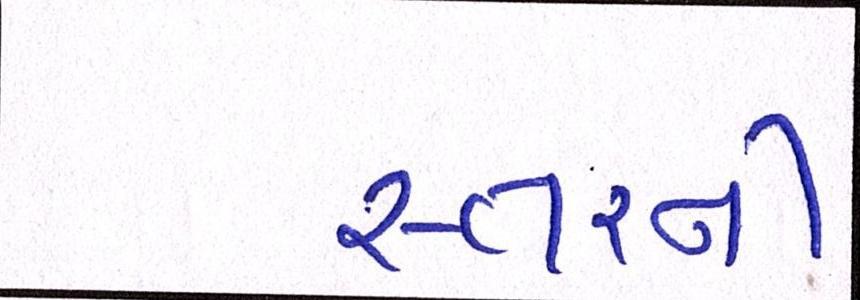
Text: સ્તરની